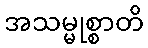
အသမ္မုစ္စာတိ